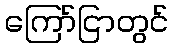
ကြော်ငြာတွင်